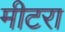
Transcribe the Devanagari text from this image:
मीटरा